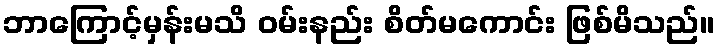
ဘာကြောင့်မှန်းမသိ ဝမ်းနည်း စိတ်မကောင်း ဖြစ်မိသည်။